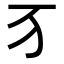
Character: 𬺷